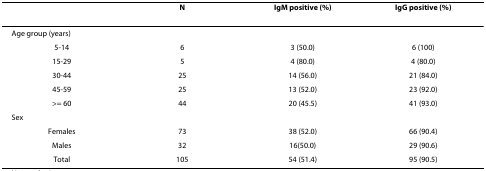
|  | N | IgM positive (%) | IgG positive (%) |
 | --- | --- | --- | --- |
 | Age group (years) |  |  |  |
 | 5-14 | 6 | 3 (50.0) | 6 (100) |
 | 15-29 | 5 | 4 (80.0) | 4 (80.0) |
 | 30-44 | 25 | 14 (56.0) | 21 (84.0) |
 | 45-59 | 25 | 13 (52.0) | 23 (92.0) |
 | >= 60 | 44 | 20 (45.5) | 41 (93.0) |
 | Sex |  |  |  |
 | Females | 73 | 38 (52.0) | 66 (90.4) |
 | Males | 32 | 16(50.0) | 29 (90.6) |
 | Total | 105 | 54 (51.4) | 95 (90.5) |